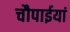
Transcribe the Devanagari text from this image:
चौपाईयां